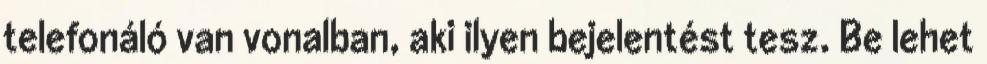
telefonáló van vonalban, aki ilyen bejelentést tesz. Be lehet